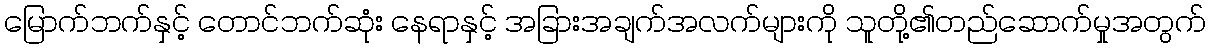
မြောက်ဘက်နှင့် တောင်ဘက်ဆုံး နေရာနှင့် အခြားအချက်အလက်များကို သူတို့၏တည်ဆောက်မှုအတွက်